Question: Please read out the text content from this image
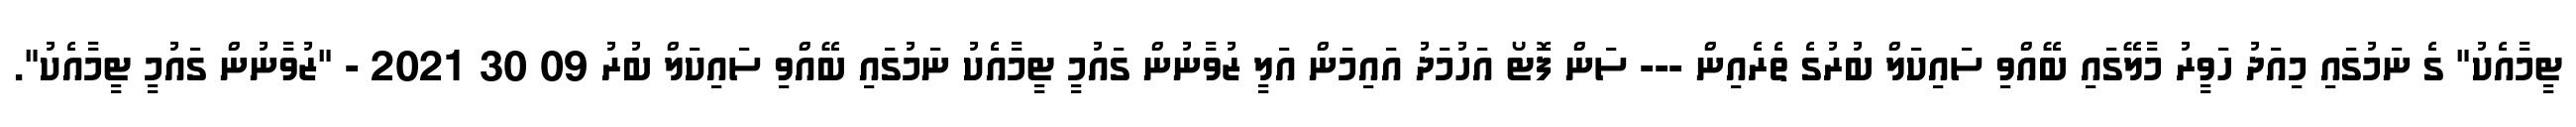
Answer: ޓީމާއެކު" ގެ ނަމުގައި މިއަދު ހަވީރު މާލޭގައި ބޭއްވި ސައިކަލް ބުރުގެ ތެރެއިން --- ސަން ފޮޓޯ އަހުމަދު އައިމަން އަލީ ޒުވާނުން ގައުމީ ޓީމާއެކު ނަމުގައި ބޭއްވި ސައިކަލް ބުރު 09 30 2021 - "ޒުވާނުން ގައުމީ ޓީމާއެކު".